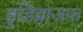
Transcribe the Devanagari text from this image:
हुडिब्राजफ़